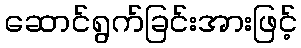
ဆောင်ရွက်ခြင်းအားဖြင့်